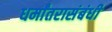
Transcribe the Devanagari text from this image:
धर्मांतरासंबंधी